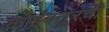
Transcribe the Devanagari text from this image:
कोइंबतूरची